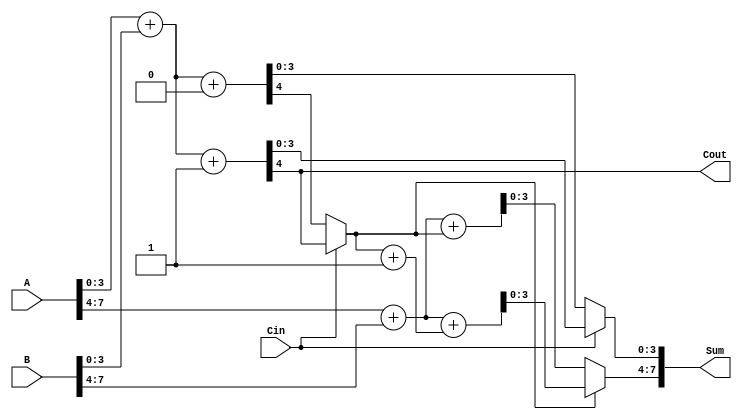
module HybridCarrySelectAdder (
    input [7:0] A,    // 8-bit input A
    input [7:0] B,    // 8-bit input B
    input Cin,        // Carry-in
    output [7:0] Sum, // 8-bit sum output
    output Cout       // Carry-out
);
    // Internal wires for partial sums and carry outputs
    wire [3:0] Sum0_0, Sum0_1, Sum1_0, Sum1_1;
    wire Cout0, Cout1;
    
    // First Segment (bits 0-3)
    // Adders for carry-in = 0
    assign {Cout0, Sum0_0} = A[3:0] + B[3:0] + 0; // Carry-in = 0
    // Adders for carry-in = 1
    assign {Cout1, Sum0_1} = A[3:0] + B[3:0] + 1; // Carry-in = 1

    // Select the correct sum based on the actual carry-in
    wire [3:0] Sum0 = Cin ? Sum0_1 : Sum0_0;
    wire Cout0_selected = Cin ? Cout1 : Cout0;

    // Second Segment (bits 4-7)
    // Adders for carry-in = 0 (using Cout0)
    assign {Cout1, Sum1_0} = A[7:4] + B[7:4] + Cout0_selected; // Carry-in from first segment
    // Adders for carry-in = 1 (using Cout0)
    assign {Cout1, Sum1_1} = A[7:4] + B[7:4] + (Cout0_selected + 1); // Carry-in = 1

    // Select the correct sum for the second segment
    wire [3:0] Sum1 = Cout0_selected ? Sum1_1 : Sum1_0;

    // Final Sum and Cout
    assign Sum = {Sum1, Sum0};
    assign Cout = Cout1;

endmodule